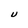
Character: U